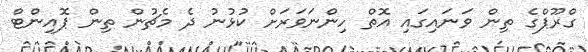
ގްރޫޕްގެ ތިން ވަނައިގައި އޮތް ހިންނަވަރަށް ކުޅުނު ދެ މެޗުން ތިން ޕޮއިންޓް